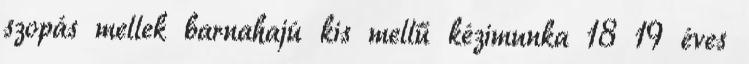
szopás mellek barnahajú kis mellű kézimunka 18 19 éves